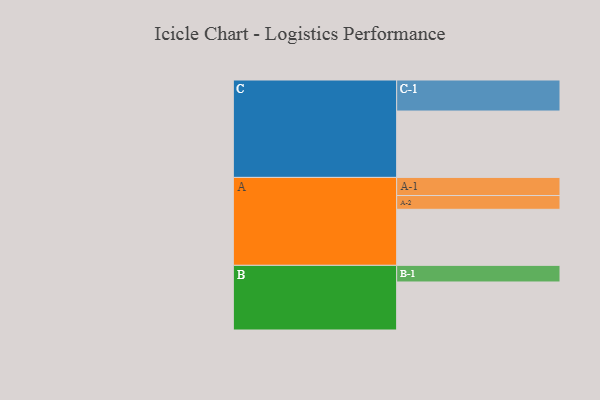
{"axis": {"x": "Segment", "y": "Value"}, "legend": ["", "A", "B", "C"], "data": [{"x": "A", "y": 455, "type": ""}, {"x": "B", "y": 390, "type": ""}, {"x": "C", "y": 539, "type": ""}, {"x": "A-1", "y": 147, "type": "A"}, {"x": "A-2", "y": 112, "type": "A"}, {"x": "B-1", "y": 135, "type": "B"}, {"x": "C-1", "y": 252, "type": "C"}]}